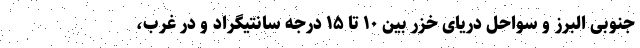
جنوبی البرز و سواحل دریای خزر بین ۱۰ تا ۱۵ درجه سانتیگراد و در غرب،